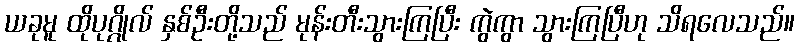
ယခုမူ ထိုပုဂ္ဂိုလ် နှစ်ဦးတို့သည် မုန်းတီးသွားကြပြီး ကွဲကွာ သွားကြပြီဟု သိရလေသည်။